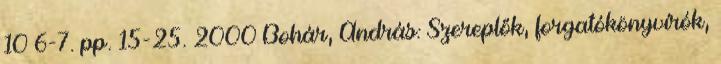
10 6-7. pp. 15-25. 2000 Bohár, András: Szereplők, forgatókönyvírók,